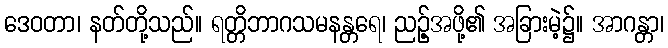
ဒေဝတာ၊ နတ်တို့သည်။ ရတ္တိဘာဂသမနန္တရေ၊ ညဉ့်အဖို့၏ အခြားမဲ့၌။ အာဂန္တာ၊